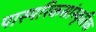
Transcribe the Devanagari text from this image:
पास्परिकसांस्कृतिक